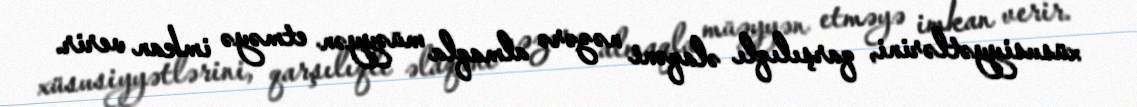
xüsusiyyətlərini, qarşılıqlı əlaqəni nəzərə almaqla müəyyən etməyə imkan verir.